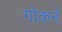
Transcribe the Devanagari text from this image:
गोकर्न